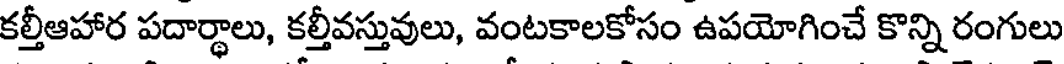
కల్తీఆహార పదార్థాలు, కల్తీవస్తువులు, వంటకాలకోసం ఉపయోగించే కొన్ని రంగులు